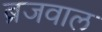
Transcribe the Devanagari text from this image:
ब्रजवाल